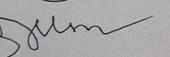
Signature authenticity: forged